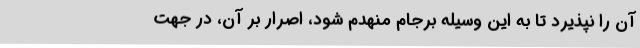
آن را نپذیرد تا به این وسیله برجام منهدم شود، اصرار بر آن، در جهت